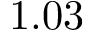
1 . 0 3